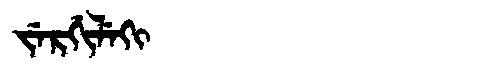
Manchu: ᠵᡝᡵᡤᡳᠯᡝᡴᡳ
Romanization: JERGILEKI